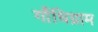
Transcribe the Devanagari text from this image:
गाँधिग्राम